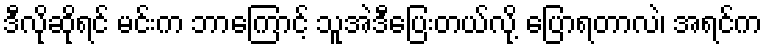
ဒီလိုဆိုရင် မင်းက ဘာကြောင့် သူအဲဒီပြေးတယ်လို့ ပြောရတာလဲ၊ အရင်က